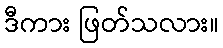
ဒီကား ဖြတ်သလား။